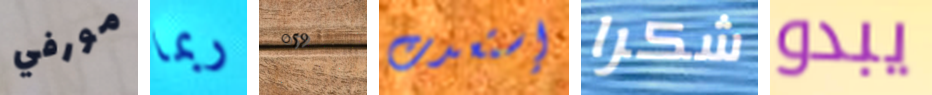
مورفي ربما 059 إستعدت شكرا يبدو